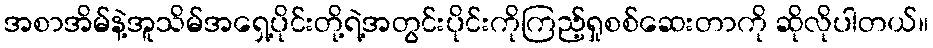
အစာအိမ်နဲ့အူသိမ်အရှေ့ပိုင်းတို့ရဲ့အတွင်းပိုင်းကိုကြည့်ရှုစစ်ဆေးတာကို ဆိုလိုပါတယ်။